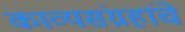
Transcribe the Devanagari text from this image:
काव्यसंग्रहांचे